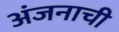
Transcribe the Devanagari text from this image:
अंजनाची